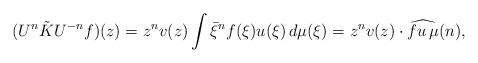
LaTeX: \begin{align*}(U^n\tilde KU^{-n}f)(z)=z^n v(z)\int \bar\xi^n f(\xi)u(\xi)\,d\mu(\xi)=z^n v(z)\cdot \widehat{fu\,\mu}(n),\end{align*}